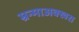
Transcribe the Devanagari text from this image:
म्रन्माअक्खरा